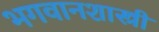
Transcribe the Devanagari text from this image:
भगवानशास्त्री